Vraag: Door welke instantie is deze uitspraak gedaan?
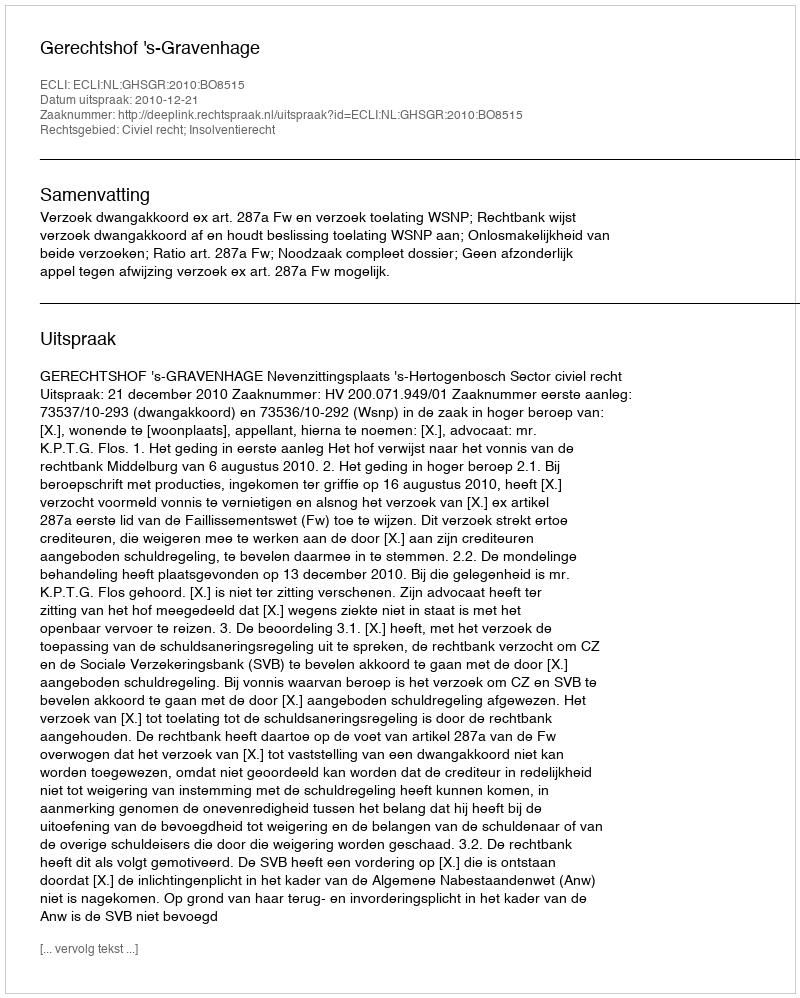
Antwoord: Gerechtshof 's-Gravenhage